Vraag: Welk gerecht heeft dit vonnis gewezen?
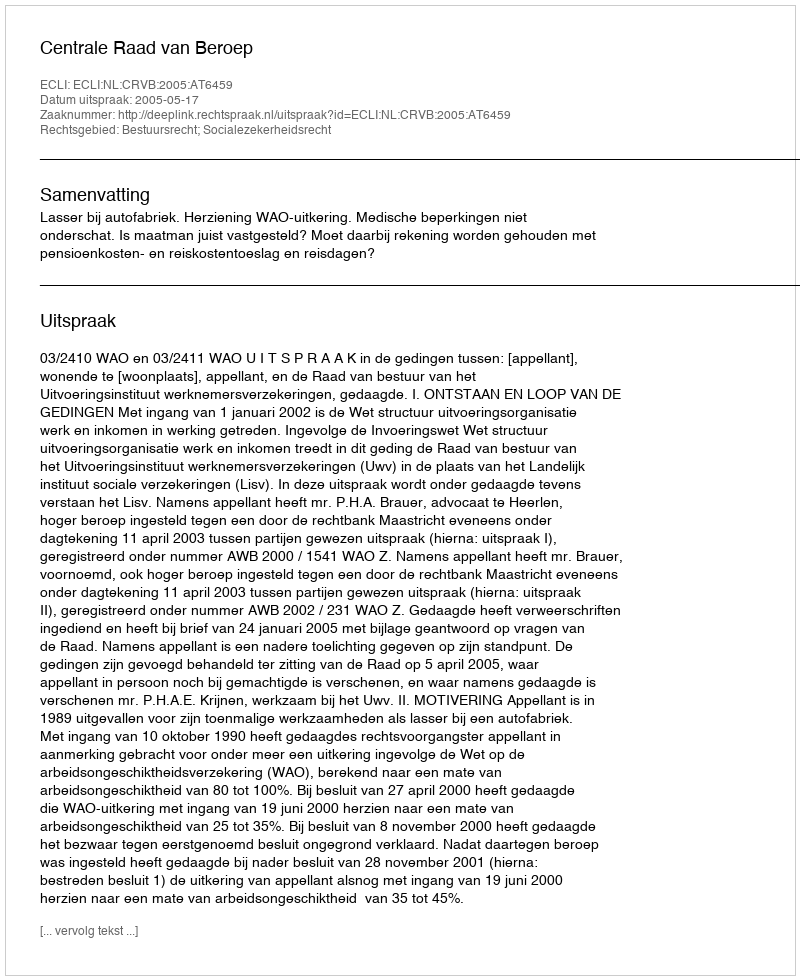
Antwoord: Centrale Raad van Beroep